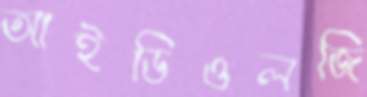
আইডিওলজি